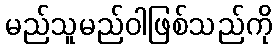
မည်သူမည်ဝါဖြစ်သည်ကို